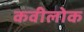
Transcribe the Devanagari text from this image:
कवीलोक